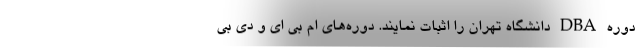
دوره DBA دانشگاه تهران را اثبات نمایند. دوره‌های ام بی ای و دی بی